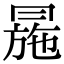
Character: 㒾